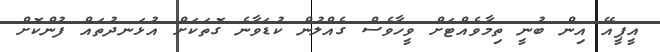
އީޕީއޭ އިން ބުނީ ތިމާވެއްޓަށް ވީހާވެސް ގެއްލުން ކުޑަވާނެ ގޮތަކަށް އުޅަނދުތައް ފުންކޮށް